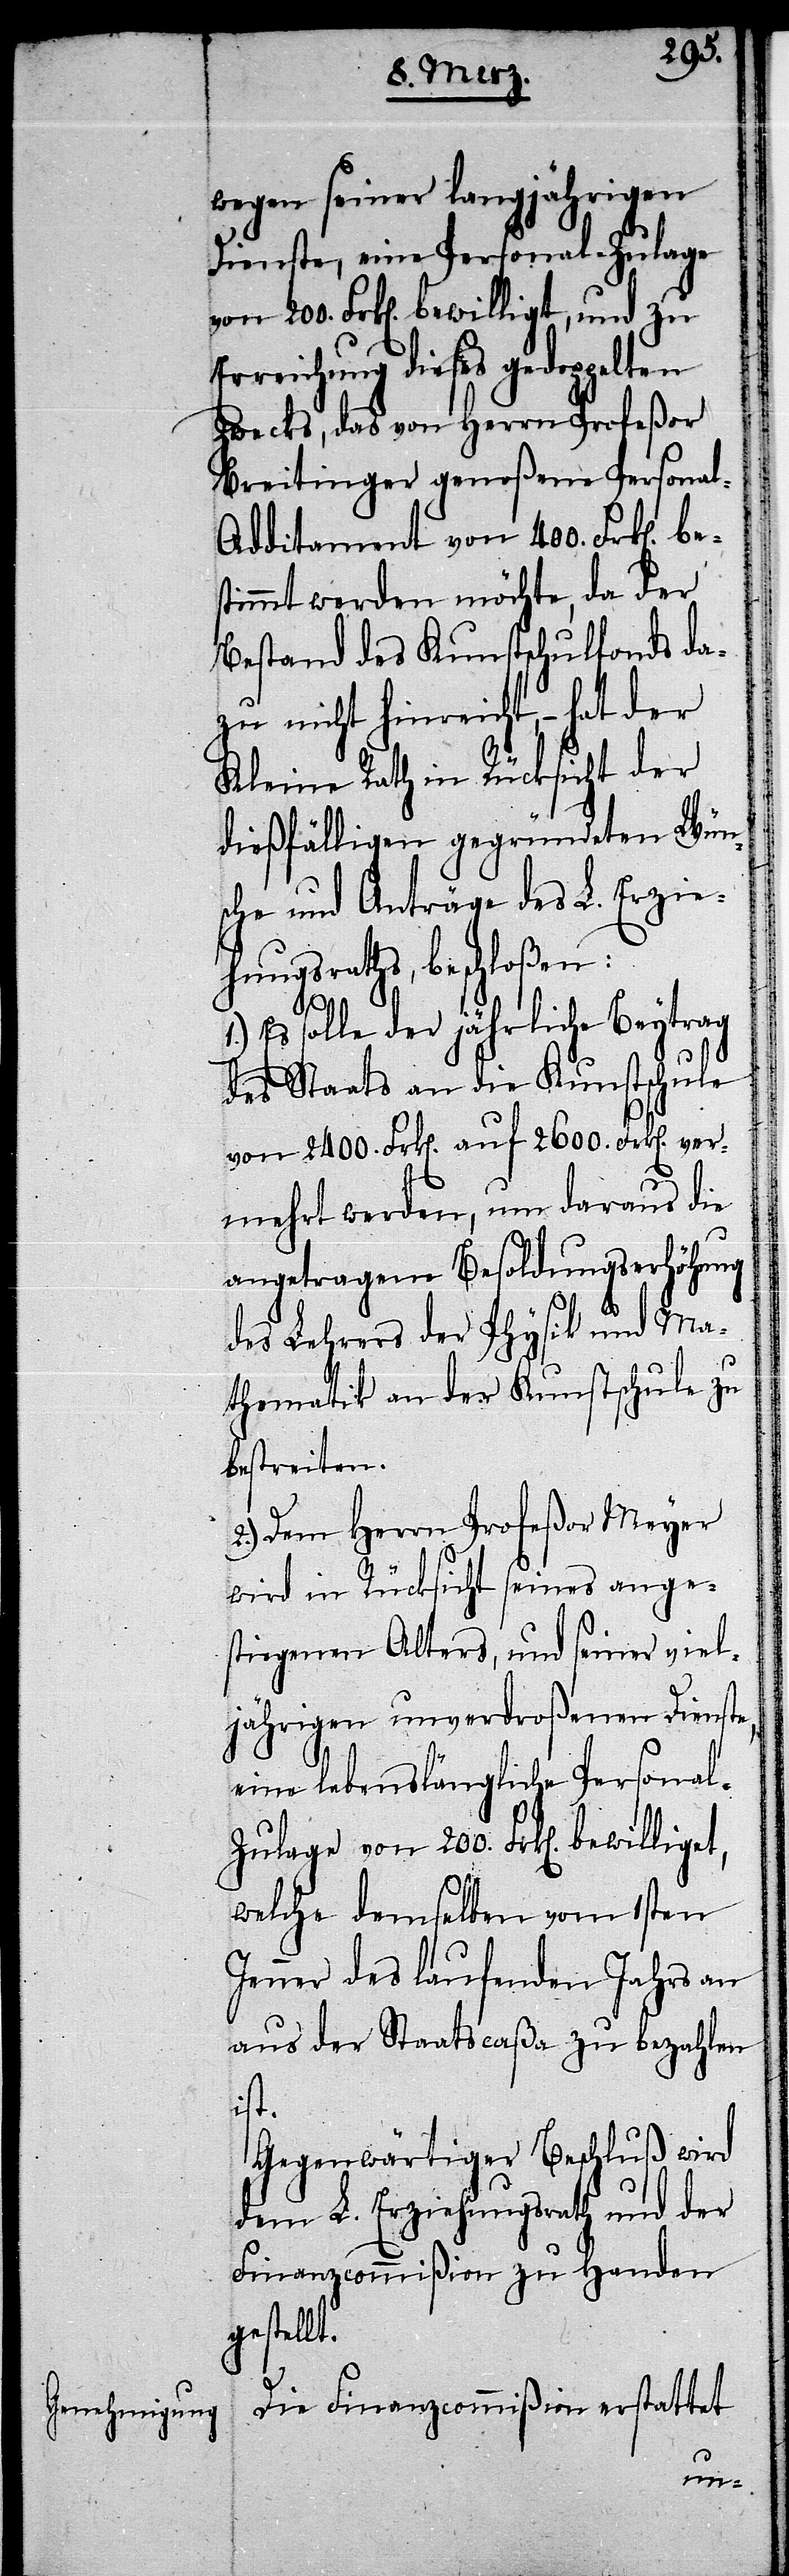
200.
wegen seiner langjährigen
Dienste, eine Personal-Zulage
Erreichung dieses gedoppelten
Zwecks, das von Herrn Profeßor
Breitinger genoßene Personal-A¬
dditament von 400. Frk[e¬
stimmt werden möchte, da der
Bestand des Kunstschulfonds da¬
zu nicht hinreicht, – hat
Kleine Rath in Rücksicht der
dießfälligen gegründeten Wün¬
sche und Anträge des L. Erzie¬
hungsraths, beschloßen:
Es solle der jährliche Beytrag
des Staats an die Kunstschule
von 2400. Frk[en]. auf 2600. Frk[en]. ver¬
mehrt werden, um daraus die
angetragene Besoldungserhöhung
des Lehrers der Physik und Ma¬
thematik an der Kunstschule zu
bestreiten.
2.) Dem Herrn Profeßor Meyer
wird in Rücksicht seines ange¬
stiegenen Alters, und seiner viel¬
jährigen unverdroßenen Dienste,
eine lebenslängliche Persona¬
welche demselben vom 1sten
Jenner des laufenden Jahrs an
aus der Staatscaßa zu bezahlen
ist.
Gegenwärtiger Beschluß wird
dem L. Erziehungsrath und der
Finanzcommißion zu Handen
gestellt.
Die Finanzcommißion erstattet
von